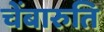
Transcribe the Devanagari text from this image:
चेंबारुति